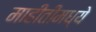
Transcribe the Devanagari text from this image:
माहीतीमध्ये